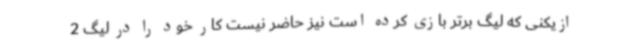
ازیکنی که لیگ برتر بازی کرده است نیز حاضر نیست کار خود را در لیگ 2